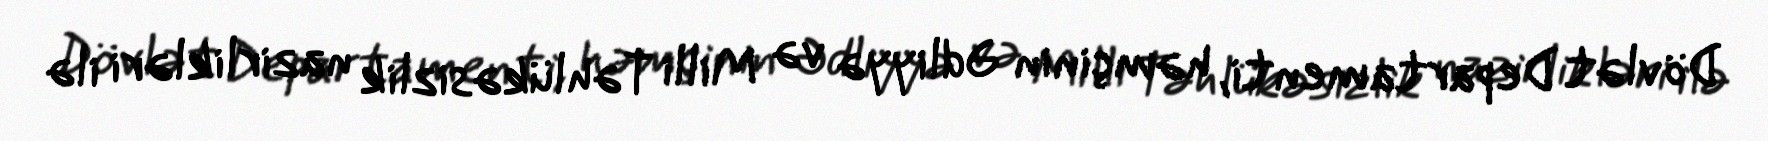
Dövlət Departamenti, həmçinin Ədliyyə və Milli Təhlükəsizlik nazirlikləri ilə